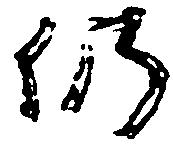
仍